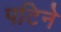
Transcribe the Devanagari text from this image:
पटिने